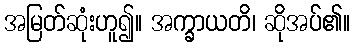
အမြတ်ဆုံးဟူ၍။ အက္ခာယတိ၊ ဆိုအပ်၏။